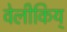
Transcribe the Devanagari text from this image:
वेलीकिय्